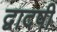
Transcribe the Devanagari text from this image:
द्वादषी